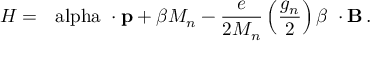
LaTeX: H = \mathrm { \boldmath ~ \ a l p h a ~ } \cdot { \bf p } + \beta M _ { n } - { \frac { e } { 2 M _ { n } } } \left( { \frac { g _ { n } } { 2 } } \right) \beta { \bf \Sigma \cdot B } \, .